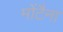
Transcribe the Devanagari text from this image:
मोंटैना